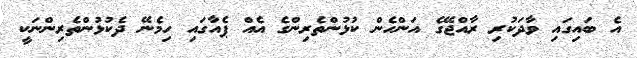
އެ ބައިގައި ވާދަކުރި ރާއްޖޭގެ އަންހެން ކުޅުންތެރިންގެ އެއް ޕެއާގައި ހިމެނޭ ދެކުޅުންތެރިންނަކީ